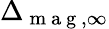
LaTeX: \Delta_{\mathrm{~m~a~g~},\infty}